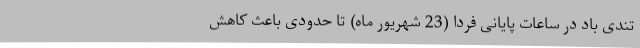
تندی باد در ساعات پایانی فردا (23 شهریور ماه) تا حدودی باعث کاهش